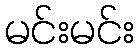
မင်းမင်း